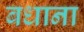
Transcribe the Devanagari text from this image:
बधाना